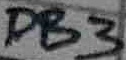
Text: DB3